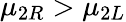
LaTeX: \mu_{2R}>\mu_{2L}